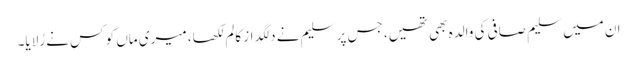
ان میں سلیم صافی کی والدہ بھی تھیں، جس پر سلیم نے دلگداز کالم لکھا، میری ماں کو کس نے رُلایا۔